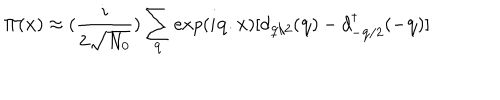
\Pi ( { \bf { x } } ) \approx ( \frac { i } { 2 \sqrt { N _ { 0 } } } ) \sum _ { { \bf { q } } } e x p ( i { \bf { q . x } } ) [ d _ { { \bf { q } } / 2 } ( { \bf { q } } ) - d _ { - { \bf { q } } / 2 } ^ { \dagger } ( - { \bf { q } } ) ]